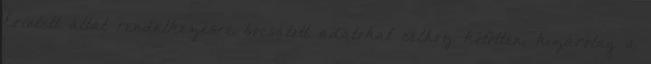
Érintett által rendelkezésre bocsátott adatokat célhoz kötötten, kizárólag a